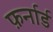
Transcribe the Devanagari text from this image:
फ़र्नार्ड